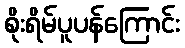
စိုးရိမ်ပူပန်ကြောင်း